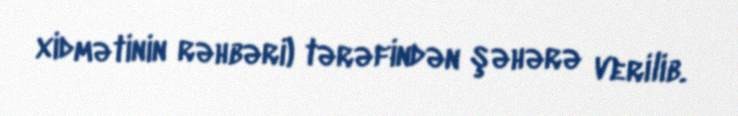
xidmətinin rəhbəri) tərəfindən şəhərə verilib.